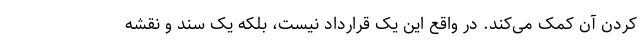
کردن آن کمک می‌کند. در واقع این یک قرارداد نیست، بلکه یک سند و نقشه